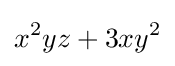
x^{2}yz+3xy^{2}